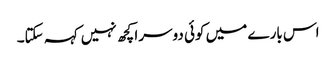
اس بارے میں کوئی دوسرا کچھ نہیں کہہ سکتا۔